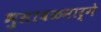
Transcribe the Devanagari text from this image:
भुसावळमार्गे